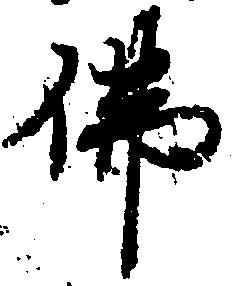
仏